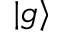
| g \rangle